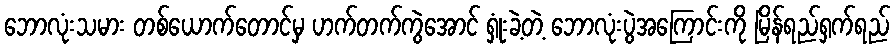
ဘောလုံးသမား တစ်ယောက်တောင်မှ ဟက်တက်ကွဲအောင် ရှုံးခဲ့တဲ့ ဘောလုံးပွဲအကြောင်းကို မြိန်ရည်ရှက်ရည်